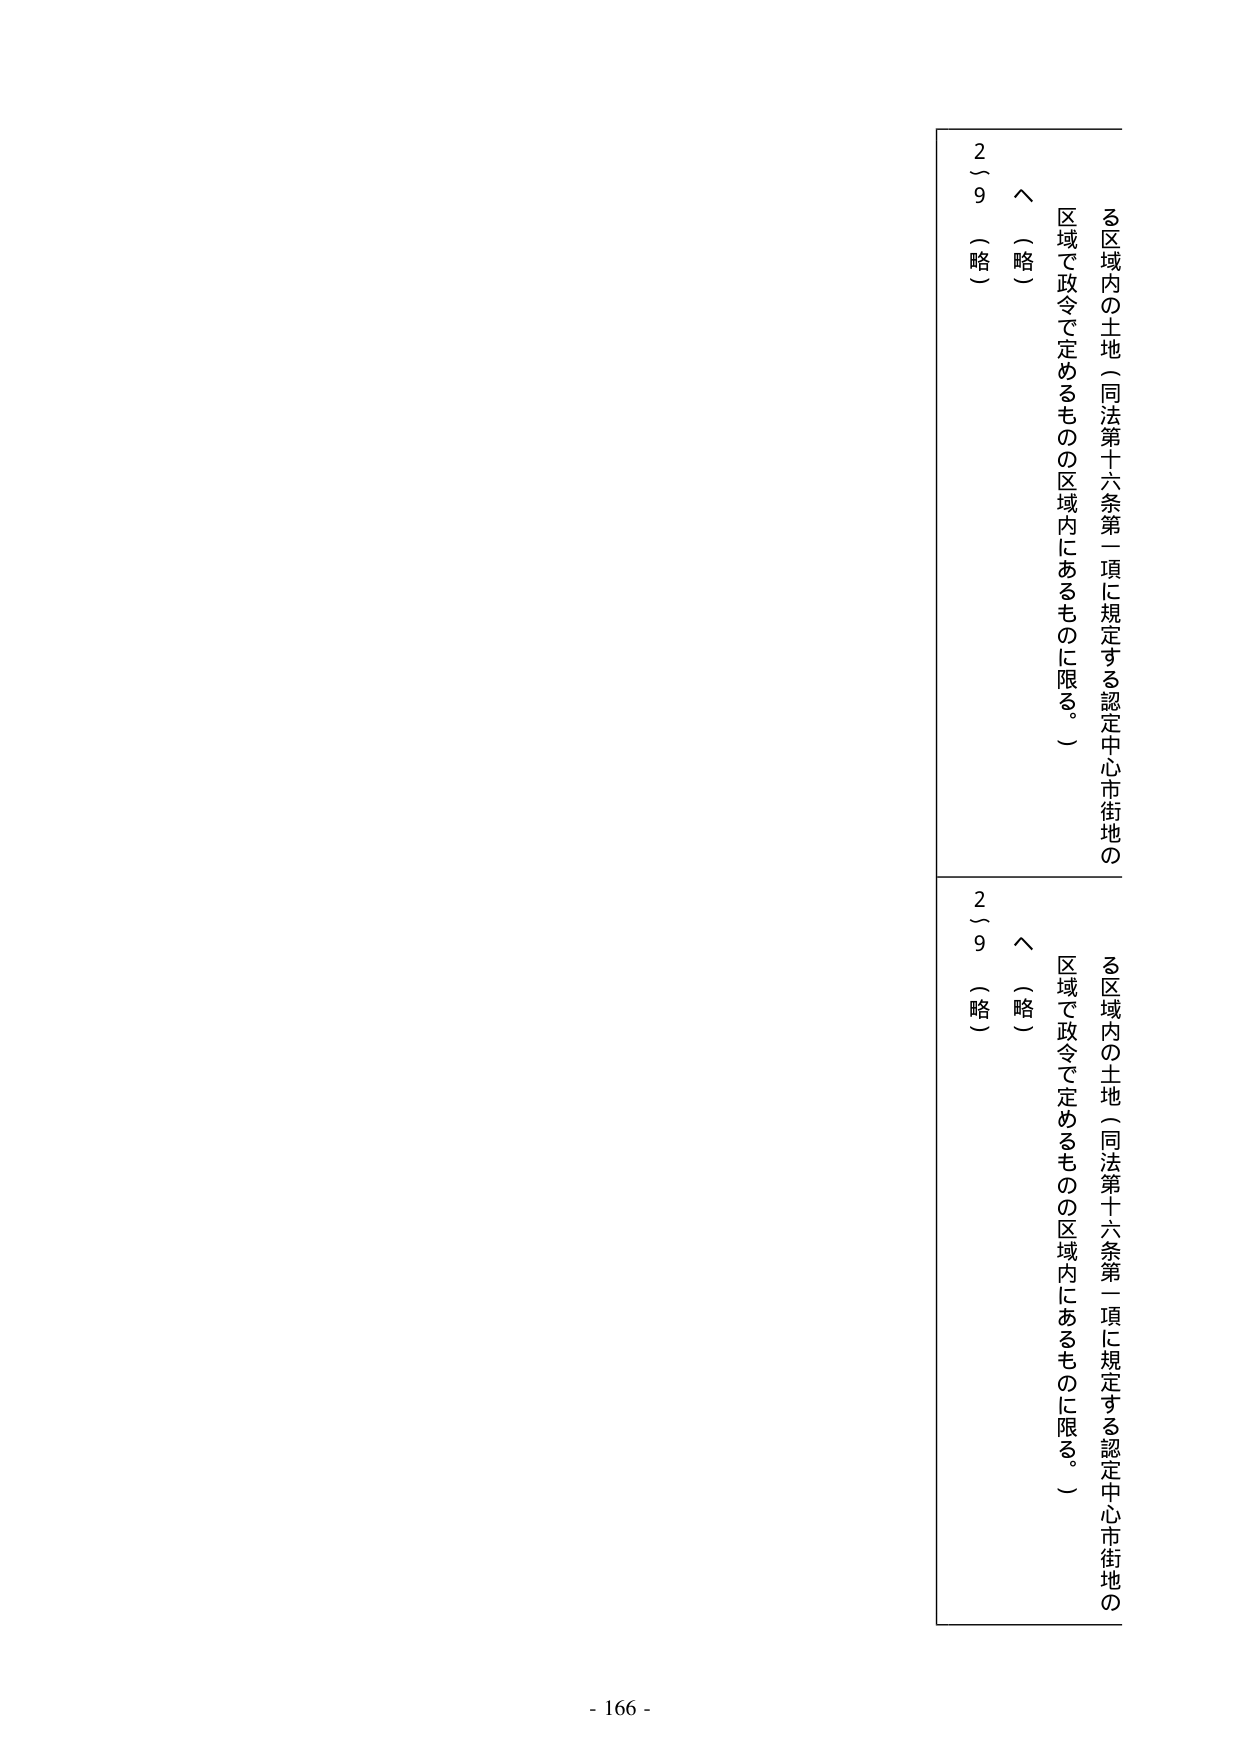
る区域内の土地（同法第十六条第一項に規定する認定中心市街地の
区域で政令で定めるものの区域内にあるものに限る。）
へ（略）
2～9（略）

る区域内の土地（同法第十六条第一項に規定する認定中心市街地の
区域で政令で定めるものの区域内にあるものに限る。）
へ（略）
2～9（略）

- 166 -